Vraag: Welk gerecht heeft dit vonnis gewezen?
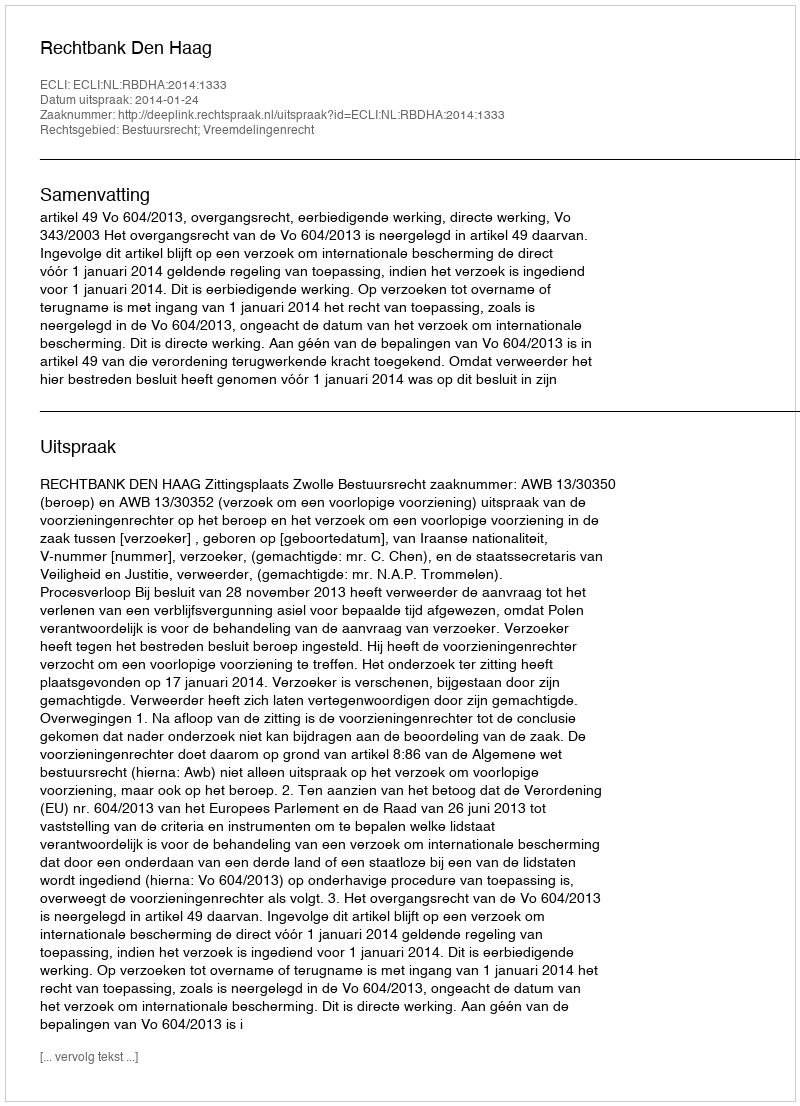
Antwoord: Rechtbank Den Haag